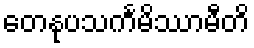
တေနုပသင်္ကမိဿာမီတိ